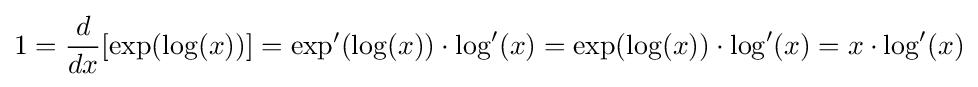
1={\frac {d}{dx}}[\exp(\log(x))]=\exp '(\log(x))\cdot \log '(x)=\exp(\log(x))\cdot \log '(x)=x\cdot \log '(x)